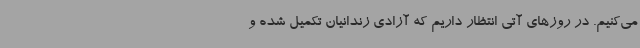
می‌کنیم. در روزهای آتی انتظار داریم که آزادی زندانیان تکمیل شده و